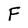
Character: F